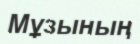
Мұзының